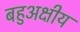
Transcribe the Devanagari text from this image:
बहुअक्षीय